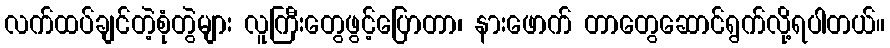
လက်ထပ်ချင်တဲ့စုံတွဲများ လူကြီးတွေဖွင့်ပြောတာ၊ နားဖောက် တာတွေဆောင်ရွက်လို့ရပါတယ်။